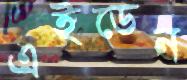
এইডেন